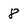
Character: 8